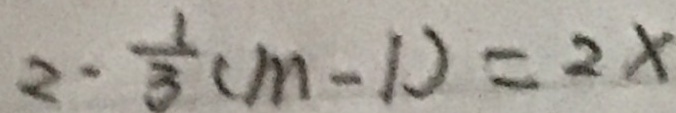
2 - \frac { 1 } { 3 } ( m - 1 ) = 2 x